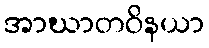
အာဃာတဝိနယာ